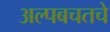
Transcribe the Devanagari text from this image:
अल्पबचतचे